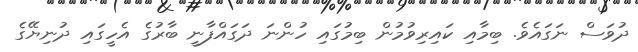
ދުވަސް ނަގައެވެ. ބިމާއި ކައިރިވުމުން ބިމުގައި ހުންނަ ދަގައްފާނީ ބާރުގެ އެހީގައި ދުނިޔޭގެ